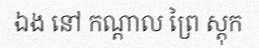
ឯង នៅ កណ្តាល ព្រៃ ស្តុក